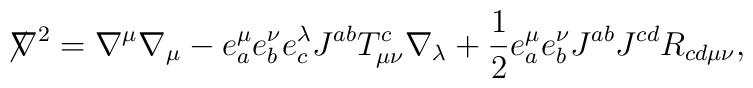
{\not \! \nabla}^2 = \nabla^{\mu}\nabla_{\mu} - e^{\mu}_a e^{\nu}_b e^{\lambda}_c J^{ab} T^c_{\mu \nu}\nabla_{\lambda} + \frac{1}{2} e^{\mu}_a e^{\nu}_b J^{ab}J^{cd} R_{cd \mu \nu},